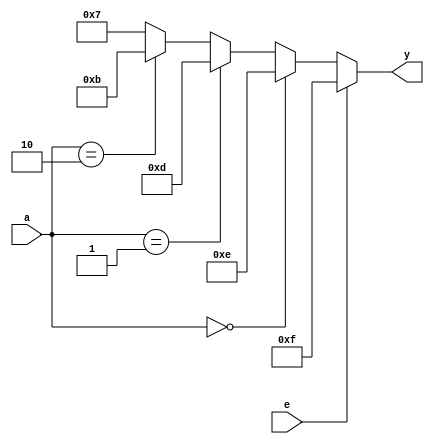
`timescale 1ns / 1ps
//////////////////////////////////////////////////////////////////////////////////
// Company: 
// Engineer: 
// 
// Design Name: 
// Module Name: decoder
// Project Name: 
// Target Devices: 
// Tool Versions: 
// Description: 
// 
// Dependencies: 
// 
// Revision:
// Revision 0.01 - File Created
// Additional Comments:
// 
//////////////////////////////////////////////////////////////////////////////////


module decoder(y,a,e);
input [1:0]a;
input e;
output reg  [3:0]y;

always @(e,a)
begin
if(e==1)
    y=4'b1111;
else
    begin
        if(a==2'b00)
            y=4'b1110;
        else if(a==2'b01)
            y=4'b1101;
        else if(a==2'b10)
            y=4'b1011;
        else
            y=4'b0111;
     end
end
endmodule